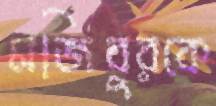
মজিবুরকে